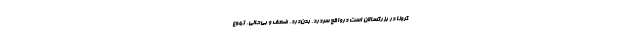
کرونا در بزرگسالان است درواقع سردرد، بدن‌درد، ضعف و بی‌حالی، تهوع